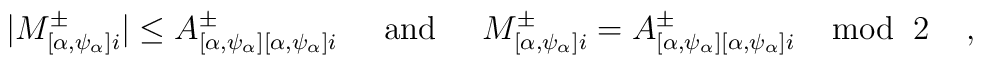
|M^{\pm}_{[\alpha, \psi_{\alpha}]i}| \leq A^\pm_{[\alpha, \psi_{\alpha}][\alpha, \psi_{\alpha}]i} \;\;\;\;\; {\rm and} \;\;\;\;\; M^\pm_{[\alpha, \psi_{\alpha}]i} = A^\pm_{[\alpha, \psi_{\alpha}][\alpha, \psi_{\alpha}]i} \;\;\;\; {\rm mod} \;\; 2 \;\;\;\; ,